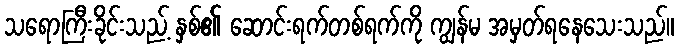
သရောကြီးခိုင်းသည့် နှစ်၏ ဆောင်းရက်တစ်ရက်ကို ကျွန်မ အမှတ်ရနေသေးသည်။